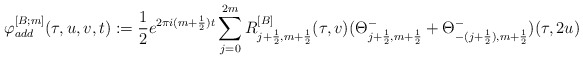
\begin{align*}\varphi^{[B;m]}_{add}(\tau,u,v,t):=\frac{1}{2}e^{2\pi i(m+\frac{1}{2})t}\sum\limits^{2m}_{j=0} R^{[B]}_{j+\frac{1}{2},m+\frac{1}{2}}(\tau,v)(\Theta^{-}_{j+\frac{1}{2},m+\frac{1}{2}}+\Theta^{-}_{-(j+\frac{1}{2}),m+\frac{1}{2}})(\tau,2u)\end{align*}